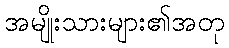
အမျိုးသားများ၏အတု